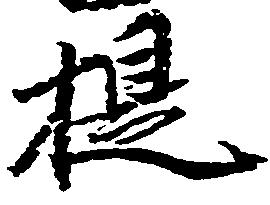
提